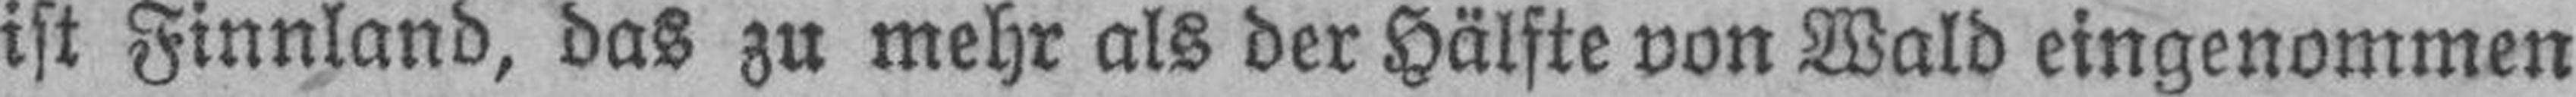
ist Finnland, das zu mehr als der Hälfte von Wald eingenommen